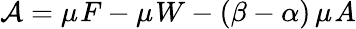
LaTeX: \mathcal{A}=\mu_{\sf}{F}-\mu_{\sf}{W}-(\beta-\alpha)\, \mu_{\sf}{A}